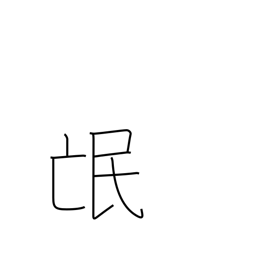
Meaning: people